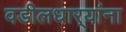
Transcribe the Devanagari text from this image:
वडीलधार्‍यांना